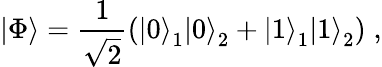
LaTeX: \left|\Phi\right\rangle=\frac{1}{\sqrt 2}\left(\left|0\right\rangle_{1}\left|0\right\rangle_{2}+\left|1\right\rangle_{1}\left|1\right\rangle_{2}\right)\; ,